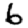
Digit: 6